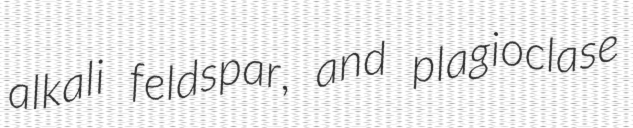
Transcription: alkali feldspar, and plagioclase